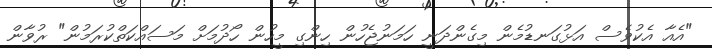
"އެއާ އެކުވެސް އަޅުގަނޑުމެން މިގެންދަނީ ހަމަނުޖެހުން ހިންގި މީހުން ހޯދުމަށް މަސައްކަތްކުރަމުން" ރުވާން